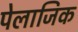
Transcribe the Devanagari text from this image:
पेलाजिक